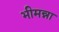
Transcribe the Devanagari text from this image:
भीमन्ना